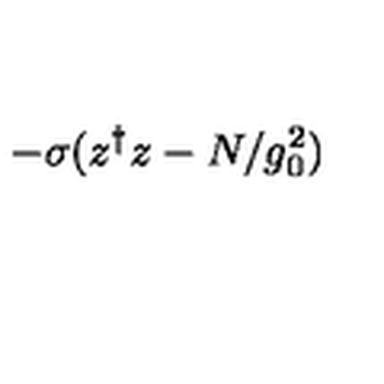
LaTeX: - \sigma ( z ^ { \dagger } z - N / g _ { 0 } ^ { 2 } )